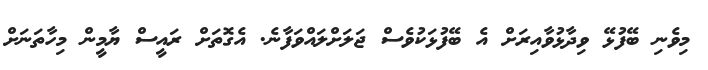
މިވެނި ބޭފުޅޭ ވިދާޅުވާއިރަށް އެ ބޭފުޅަކުވެސް ޖަލަށްލައްވަފާނެ. އެގޮތަށް ރައީސް ޔާމީން މިހާތަނަށް